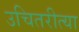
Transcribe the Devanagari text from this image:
उचितरीत्या